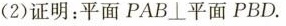
(2)证明：平面PAB\bot平面PBD.